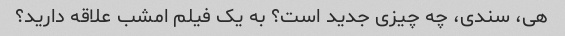
هی، سندی، چه چیزی جدید است؟ به یک فیلم امشب علاقه دارید؟